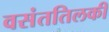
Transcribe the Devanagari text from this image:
वसंततिलकी